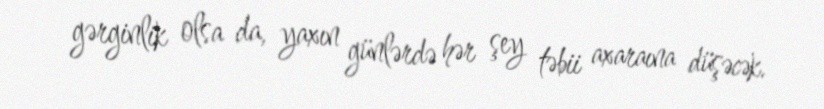
gərginlik olsa da, yaxın günlərdə hər şey təbii axaraına düşəcək.